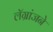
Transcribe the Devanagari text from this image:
लॅग्रांजने